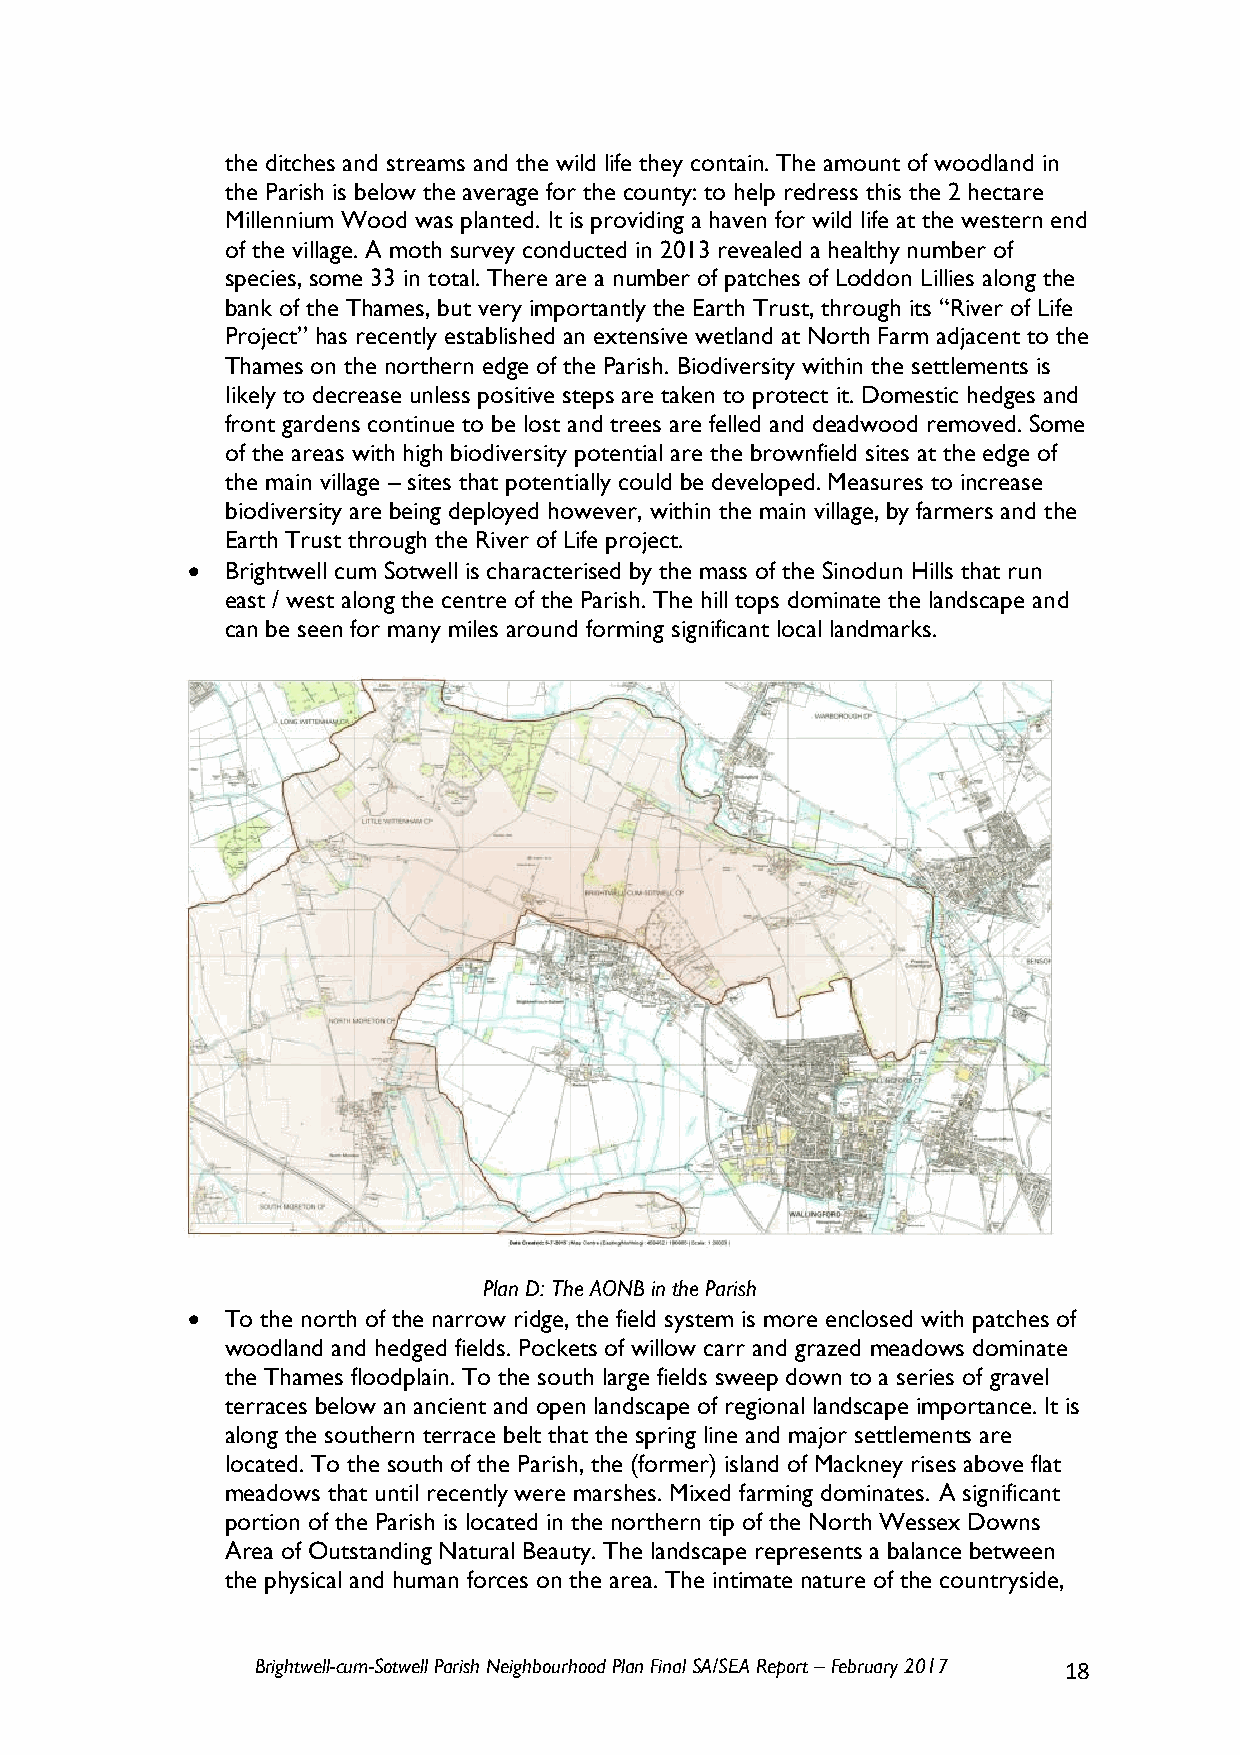
the ditches and streams and the wild life they contain. The amount of woodland in
 the Parish is below the average for the county: to help redress this the 2 hectare
 Millennium Wood was planted. It is providing a haven for wild life at the western end
 of the village. A moth survey conducted in 2013 revealed a healthy number of
 species, some 33 in total. There are a number of patches of Loddon Lillies along the
 bank of the Thames, but very importantly the Earth Trust, through its “River of Life
 Project” has recently established an extensive wetland at North Farm adjacent to the
 Thames on the northern edge of the Parish. Biodiversity within the settlements is
 likely to decrease unless positive steps are taken to protect it. Domestic hedges and
 front gardens continue to be lost and trees are felled and deadwood removed. Some
 of the areas with high biodiversity potential are the brownfield sites at the edge of
 the main village – sites that potentially could be developed. Measures to increase
 biodiversity are being deployed however, within the main village, by farmers and the
 Earth Trust through the River of Life project.
   Brightwell cum Sotwell is characterised by the mass of the Sinodun Hills that run
 east / west along the centre of the Parish. The hill tops dominate the landscape and
 can be seen for many miles around forming significant local landmarks.
 Plan D: The AONB in the Parish
   To the north of the narrow ridge, the field system is more enclosed with patches of
 woodland and hedged fields. Pockets of willow carr and grazed meadows dominate
 the Thames floodplain. To the south large fields sweep down to a series of gravel
 terraces below an ancient and open landscape of regional landscape importance. It is
 along the southern terrace belt that the spring line and major settlements are
 located. To the south of the Parish, the (former) island of Mackney rises above flat
 meadows that until recently were marshes. Mixed farming dominates. A significant
 portion of the Parish is located in the northern tip of the North Wessex Downs
 Area of Outstanding Natural Beauty. The landscape represents a balance between
 the physical and human forces on the area. The intimate nature of the countryside,
 Brightwell-cum-Sotwell Parish Neighbourhood Plan Final SA/SEA Report – February 2017 18